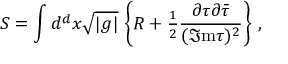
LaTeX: S = \int d ^ { d } x \sqrt { | g | } \, \left\{ R + { \textstyle \frac { 1 } { 2 } } \frac { \partial \tau \partial \bar { \tau } } { ( \Im \mathrm { m } \tau ) ^ { 2 } } \right\} \, ,